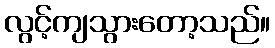
လွင့်ကျသွားတော့သည်။